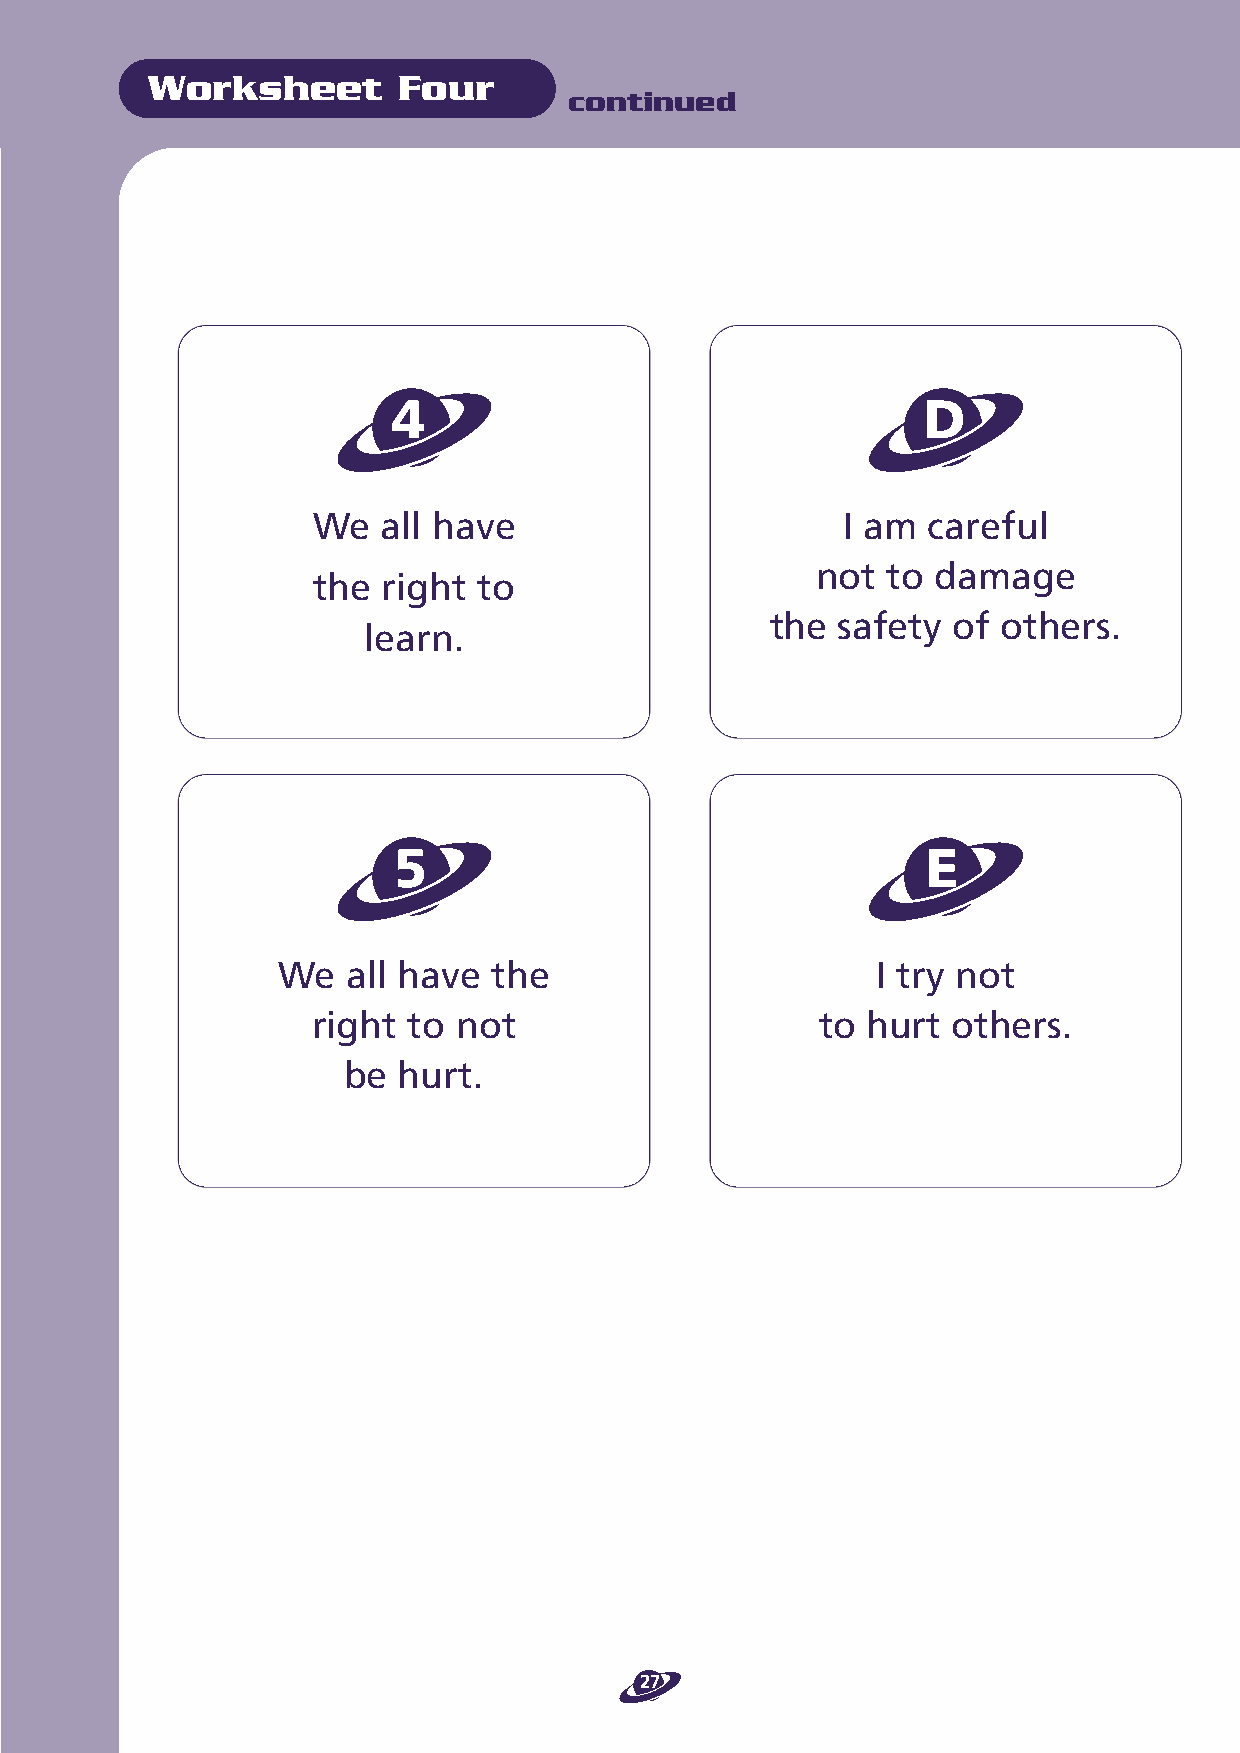
Worksheet       Four
 continued
 4                                  D
 We  all have                       I am careful
 not  to damage
 the right  to
 the safety  of others.
 learn.
 5                                  E
 We   all have  the                      I try not
 right to not                     to hurt  others.
 be hurt.
 27